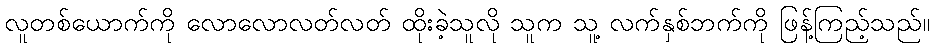
လူတစ်ယောက်ကို လောလောလတ်လတ် ထိုးခဲ့သူလို သူက သူ့ လက်နှစ်ဘက်ကို ဖြန့်ကြည့်သည်။